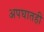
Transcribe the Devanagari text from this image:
अपघातही